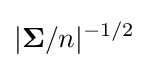
|{\boldsymbol {\Sigma }}/n|^{-1/2}